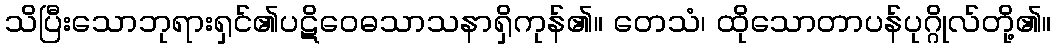
သိပြီးသောဘုရားရှင်၏ပဋိဝေဓသာသနာရှိကုန်၏။ တေသံ၊ ထိုသောတာပန်ပုဂ္ဂိုလ်တို့၏။